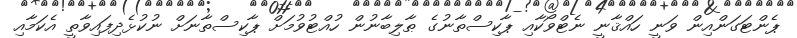
ޕެންޓަގަންއިން ވަނީ ހައްޤާނީ ނެޓްވޯކާއި ޕާކިސްތާނުގެ ޠާލިބާނުން ހުއްޓުވުމަށް ޕާކިސްތާނަށް ނުކުޅެދިފައިވާތީ އެކަމާއި